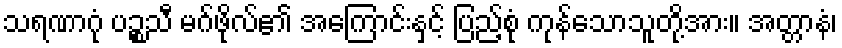
သရဏာဂုံ ပဉ္စသီ မဂ်ဖိုလ်၏ အကြောင်းနှင့် ပြည့်စုံ ကုန်သောသူတို့အား။ အတ္တာနံ၊